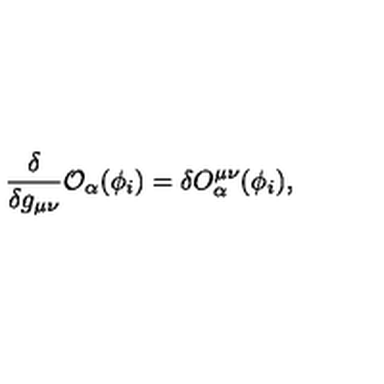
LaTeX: \frac { \delta } { \delta g _ { \mu \nu } } { \cal O } _ { \alpha } ( \phi _ { i } ) = \delta O _ { \alpha } ^ { \mu \nu } ( \phi _ { i } ) ,